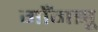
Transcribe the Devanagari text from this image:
गाँगझू